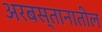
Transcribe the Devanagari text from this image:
अरबस्तानातील